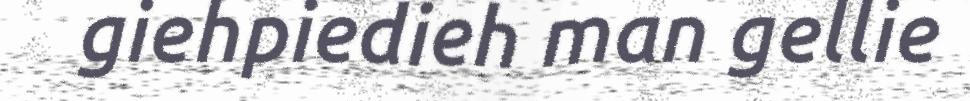
giehpiedieh man gellie